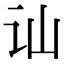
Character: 讪